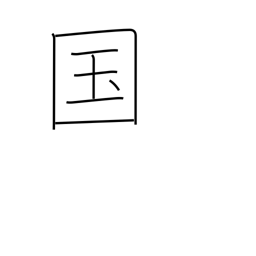
Meaning: country